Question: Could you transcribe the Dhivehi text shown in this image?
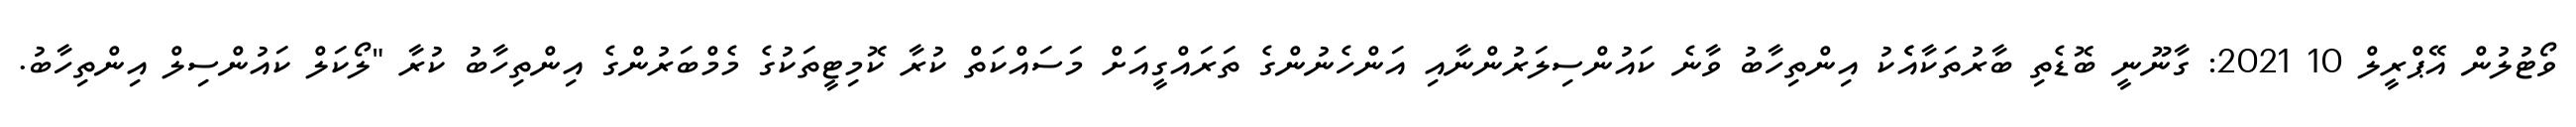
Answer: ވޯޓުލުން އޭޕްރީލް 10 2021: ގާނޫނީ ބޮޑެތި ބާރުތަކާއެެކު އިންތިހާބު ވާނެ ކައުންސިލަރުންނާއި އަންހެނުންގެ ތަރައްގީއަށް މަސައްކަތް ކުރާ ކޮމިޓީތަކުގެ މެމްބަރުންގެ އިންތިހާބު ކުރާ "ލޯކަލް ކައުންސިލް އިންތިހާބު.